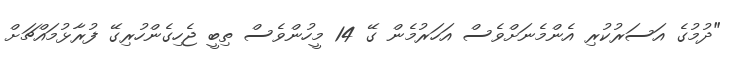
"ދުމުގެ އަސަރުކުރި އެންމެނަށްވެސް އަހަރުމެން ގޭ 14 މީހުންވެސް ތިބީ ޖެހިގެންހުރިގޭ ފުރާޅުމައްޗަށް